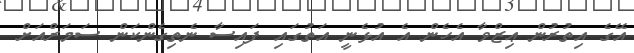
އޭގެ އިތުރުން ޢިޒްވާ އެހެން އެ އުޅެނީ އަތުގައި ފައިސާ ނެތިގެންކަން ސަމަރްއަށް